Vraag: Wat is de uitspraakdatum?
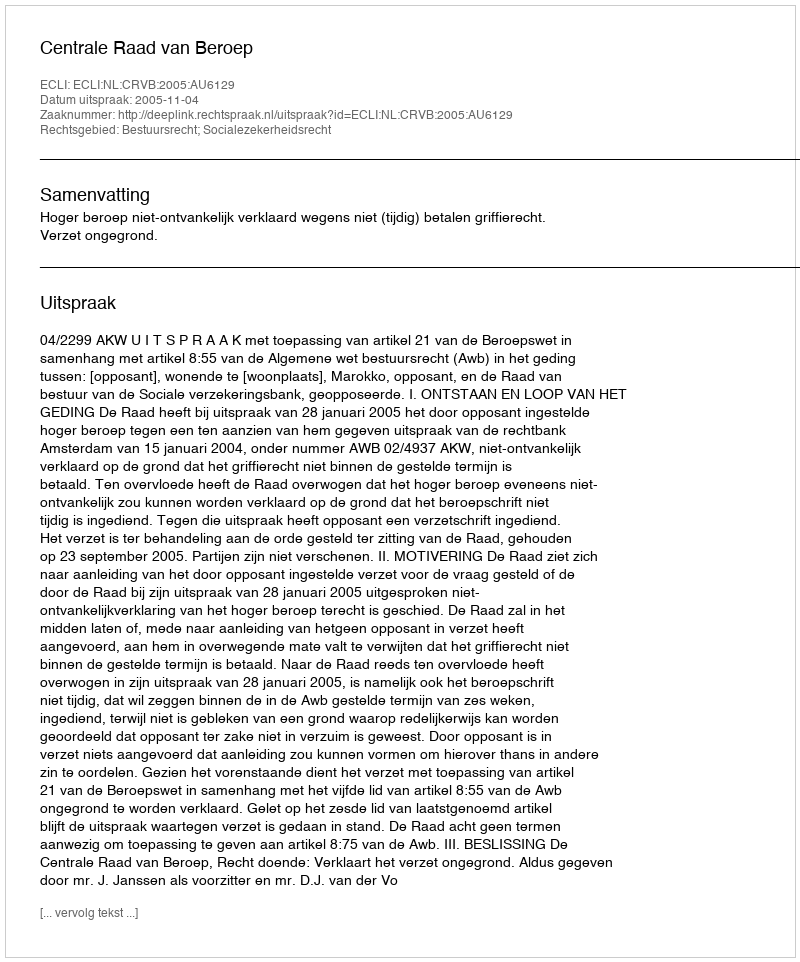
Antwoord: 2005-11-04